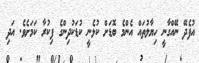
އުފެދޭ ނޭއްގާނީ ހިޔާލުތައް އެންމެ ބޮޑަށް ކުޅެނީ ކުޑަކުދިންގެ ފިކުރާ ކަމަށެވެ. އަދި